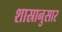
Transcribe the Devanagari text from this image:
शास्रानुसार